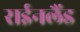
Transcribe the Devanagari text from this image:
राईनलैंड